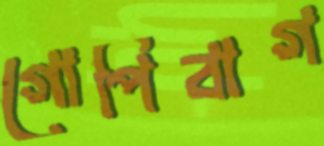
গোপিবাগ